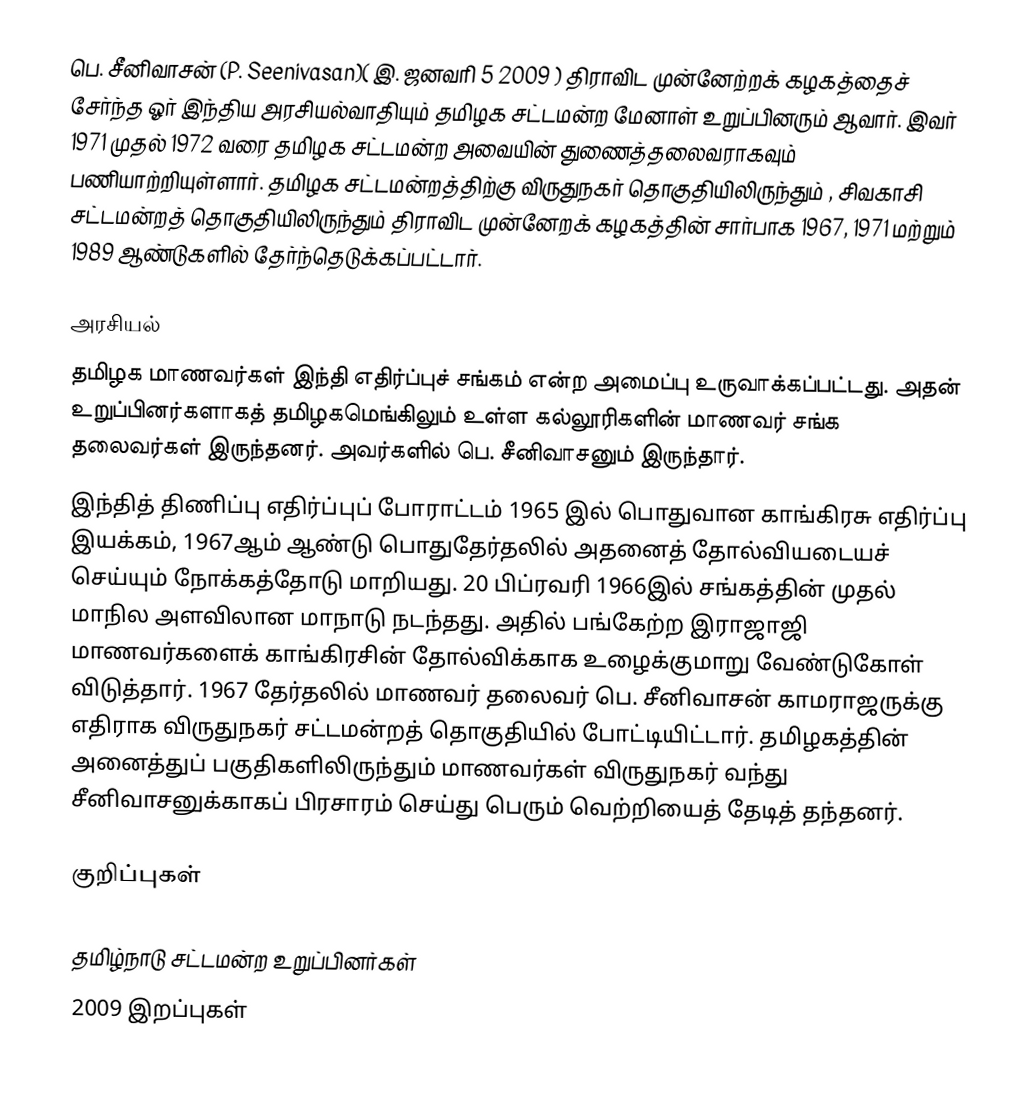
பெ. சீனிவாசன்  (P. Seenivasan)( இ. ஜனவரி 5 2009 ) திராவிட முன்னேற்றக் கழகத்தைச் சேர்ந்த ஓர் இந்திய அரசியல்வாதியும் தமிழக சட்டமன்ற மேனாள் உறுப்பினரும் ஆவார். இவர்  1971 முதல் 1972 வரை தமிழக சட்டமன்ற அவையின் துணைத்தலைவராகவும் பணியாற்றியுள்ளார். தமிழக சட்டமன்றத்திற்கு விருதுநகர் தொகுதியிலிருந்தும் , சிவகாசி சட்டமன்றத் தொகுதியிலிருந்தும்  திராவிட முன்னேறக் கழகத்தின் சார்பாக 1967,  1971  மற்றும் 1989 ஆண்டுகளில் தேர்ந்தெடுக்கப்பட்டார்.

அரசியல்
தமிழக மாணவர்கள் இந்தி எதிர்ப்புச் சங்கம் என்ற அமைப்பு உருவாக்கப்பட்டது.  அதன் உறுப்பினர்களாகத் தமிழகமெங்கிலும் உள்ள கல்லூரிகளின் மாணவர் சங்க தலைவர்கள் இருந்தனர். அவர்களில்  பெ. சீனிவாசனும் இருந்தார்.
இந்தித் திணிப்பு எதிர்ப்புப் போராட்டம்  1965 இல்  பொதுவான காங்கிரசு எதிர்ப்பு இயக்கம்,  1967ஆம் ஆண்டு பொதுதேர்தலில் அதனைத் தோல்வியடையச் செய்யும் நோக்கத்தோடு மாறியது.  20 பிப்ரவரி 1966இல் சங்கத்தின் முதல் மாநில அளவிலான மாநாடு நடந்தது. அதில் பங்கேற்ற இராஜாஜி மாணவர்களைக் காங்கிரசின் தோல்விக்காக உழைக்குமாறு வேண்டுகோள் விடுத்தார்.  1967 தேர்தலில் மாணவர் தலைவர் பெ. சீனிவாசன் காமராஜருக்கு எதிராக விருதுநகர் சட்டமன்றத் தொகுதியில்  போட்டியிட்டார். தமிழகத்தின் அனைத்துப் பகுதிகளிலிருந்தும் மாணவர்கள் விருதுநகர் வந்து சீனிவாசனுக்காகப் பிரசாரம் செய்து பெரும் வெற்றியைத் தேடித் தந்தனர்.

குறிப்புகள்

தமிழ்நாடு சட்டமன்ற உறுப்பினர்கள்
2009 இறப்புகள்